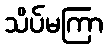
သိပ်မကြာ